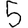
Digit: 5